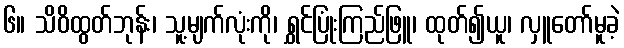
၆။ သိဝိထွတ်ဘုန်း၊ သူ့မျက်လုံးကို၊ ရွှင်ပြုံးကြည်ဖြူ၊ ထုတ်၍ယူ၊ လှူတော်မူခဲ့